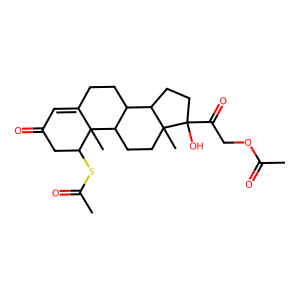
SMILES: CC(=O)OCC(=O)C1(O)CCC2C3CCC4=CC(=O)CC(SC(C)=O)C4(C)C3CCC21C
Inhibits HIV replication: No